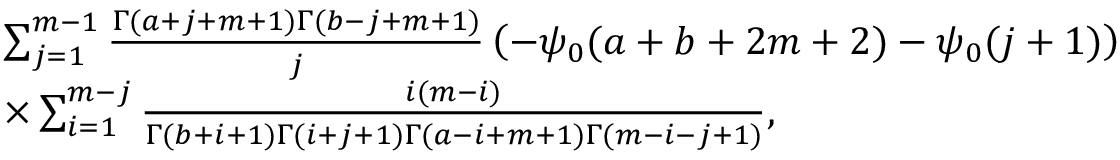
\begin{array} { r l } { \! \! \! \! \! \! \! \! } & { \sum _ { j = 1 } ^ { m - 1 } \frac { \Gamma ( a + j + m + 1 ) \Gamma ( b - j + m + 1 ) } { j } \left( - \psi _ { 0 } ( a + b + 2 m + 2 ) - \psi _ { 0 } ( j + 1 ) \right) } \\ { \! \! \! \! \! \! \! \! } & { \times \sum _ { i = 1 } ^ { m - j } \frac { i ( m - i ) } { \Gamma ( b + i + 1 ) \Gamma ( i + j + 1 ) \Gamma ( a - i + m + 1 ) \Gamma ( m - i - j + 1 ) } , } \end{array}